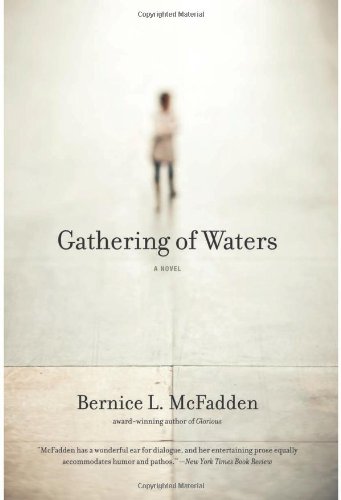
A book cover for Gathering of Waters; Bernice L. McFadden; Literature & Fiction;